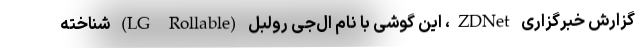
گزارش خبرگزاری ZDNet، این گوشی با نام ال‌جی رولبل (LG Rollable) شناخته